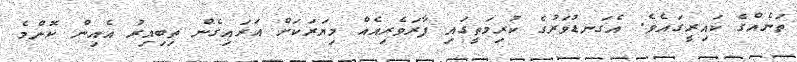
ތަނެއްގެ ކައިރީގައެވެ. އެގަނޑުވަރުގެ ކުރިމަތީގައި ފާރަވެރިއެއް މިޔަރަކަށް އަރައިގެން ތިބިއިރު އެއިން ކޮންމެ